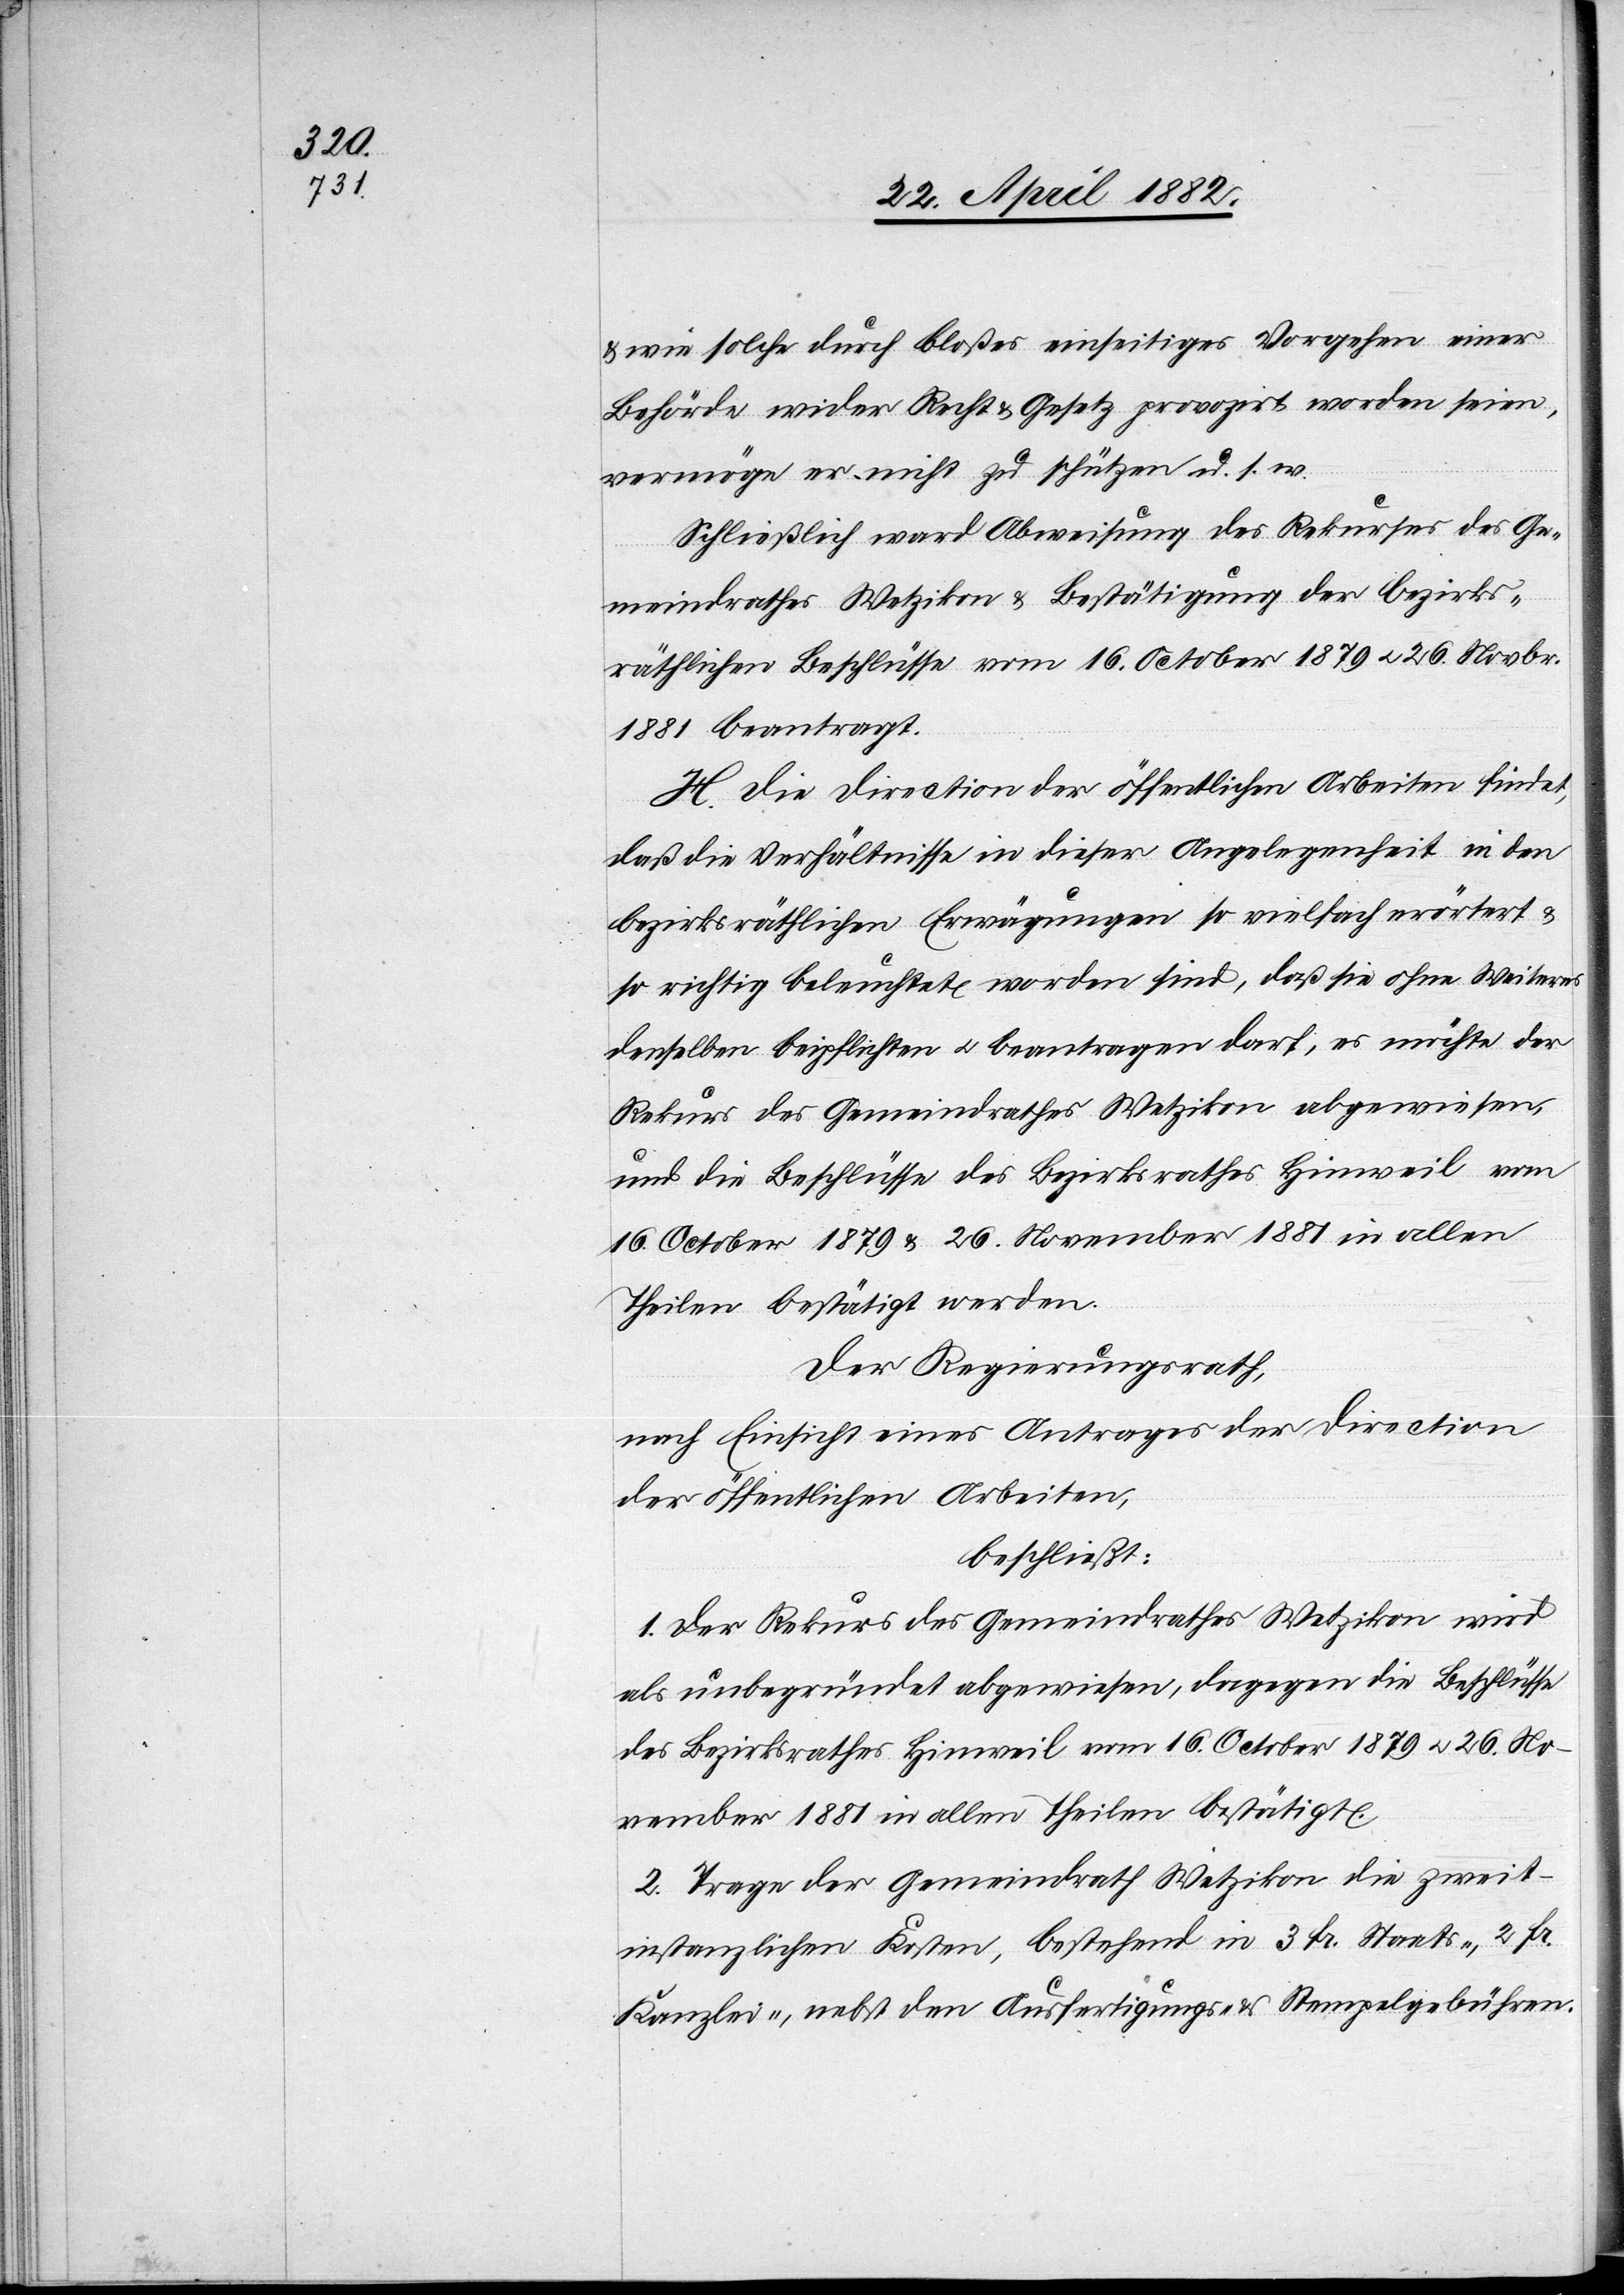
& wie solche durch bloßes einseitiges Vorgehen einer
Behörde wider Recht & Gesetz provozirt worden seien,
vermöge er nicht zu stützen u. s. w.
Schließlich ward Abweisung des Rekurses des Ge¬
meindrathes Wetzikon & Bestätigung der bezirks¬
räthlichen Beschlüsse vom 16. October 1879 u. 26. Novbr.
1881 beantragt.
H. Die Direction der öffentlichen Arbeiten findet,
daß die Verhältnisse in dieser Angelegenheit in den
bezirksräthlichen Erwägungen so vielfach erörtert &
so richtig beleuchtet worden sind, daß sie ohne Weiteres
denselben beipflichten u. beantragen darf, es möchte der
Rekurs des Gemeindrathes Wetzikon abgewiesen,
und die Beschlüsse des Bezirksrathes Hinweil vom
16. October 1879 & 26. November 1881 in allen
Theilen bestätigt werden.
Der Regierungsrath,
nach Einsicht eines Antrages der Direction
der öffentlichen Arbeiten,
beschließt:
1. Der Rekurs des Gemeindrathes Wetzikon wird
als unbegründet abgewiesen, dagegen die Beschlüsse
des Bezirksrathes Hinweil vom 16. October 1879 u. 26. No¬
vember 1881 in allen Theilen bestätigt.
2. Trage der Gemeindrath Wetzikon die zweit¬
instanzlichen Kosten, bestehend in 3 Fr. Staats-, 2 Fr.
Kanzlei-, nebst den Ausfertigungs- & Stempelgebühren.